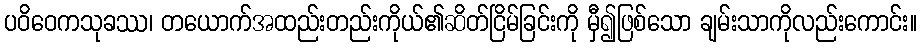
ပဝိဝေကသုခဿ၊ တယောက်အထည်းတည်းကိုယ်၏ဆိတ်ငြိမ်ခြင်းကို မှီ၍ဖြစ်သော ချမ်းသာကိုလည်းကောင်း။